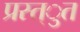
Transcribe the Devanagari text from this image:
प्रस्त्ुत